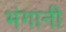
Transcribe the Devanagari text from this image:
भंगानी